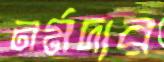
নর্মদার